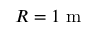
R = 1 \; { \mathrm { m } }